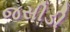
જસીડી